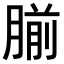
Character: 𫆨